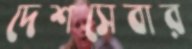
দেশসেবার